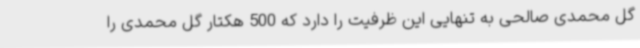
گل محمدی صالحی به تنهایی این ظرفیت را دارد که 500 هکتار گل محمدی را